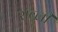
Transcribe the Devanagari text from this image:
रॉब्ली